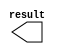
module lpm_constant0 (
	result);

	output	[2:0]  result;

endmodule